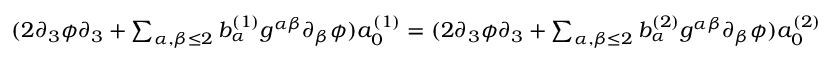
\begin{array} { r } { ( 2 \partial _ { 3 } \phi \partial _ { 3 } + \sum _ { \alpha , \beta \leq 2 } b _ { \alpha } ^ { ( 1 ) } g ^ { \alpha \beta } \partial _ { \beta } \phi ) a _ { 0 } ^ { ( 1 ) } = ( 2 \partial _ { 3 } \phi \partial _ { 3 } + \sum _ { \alpha , \beta \leq 2 } b _ { \alpha } ^ { ( 2 ) } g ^ { \alpha \beta } \partial _ { \beta } \phi ) a _ { 0 } ^ { ( 2 ) } } \end{array}